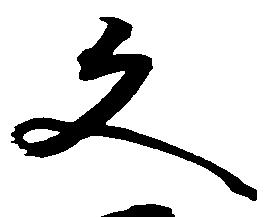
文